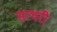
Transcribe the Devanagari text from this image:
साथरी